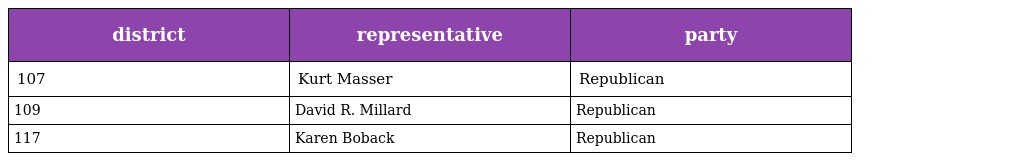
| district | representative | party |
 | --- | --- | --- |
 | 107 | Kurt Masser | Republican |
 | 109 | David R. Millard | Republican |
 | 117 | Karen Boback | Republican |